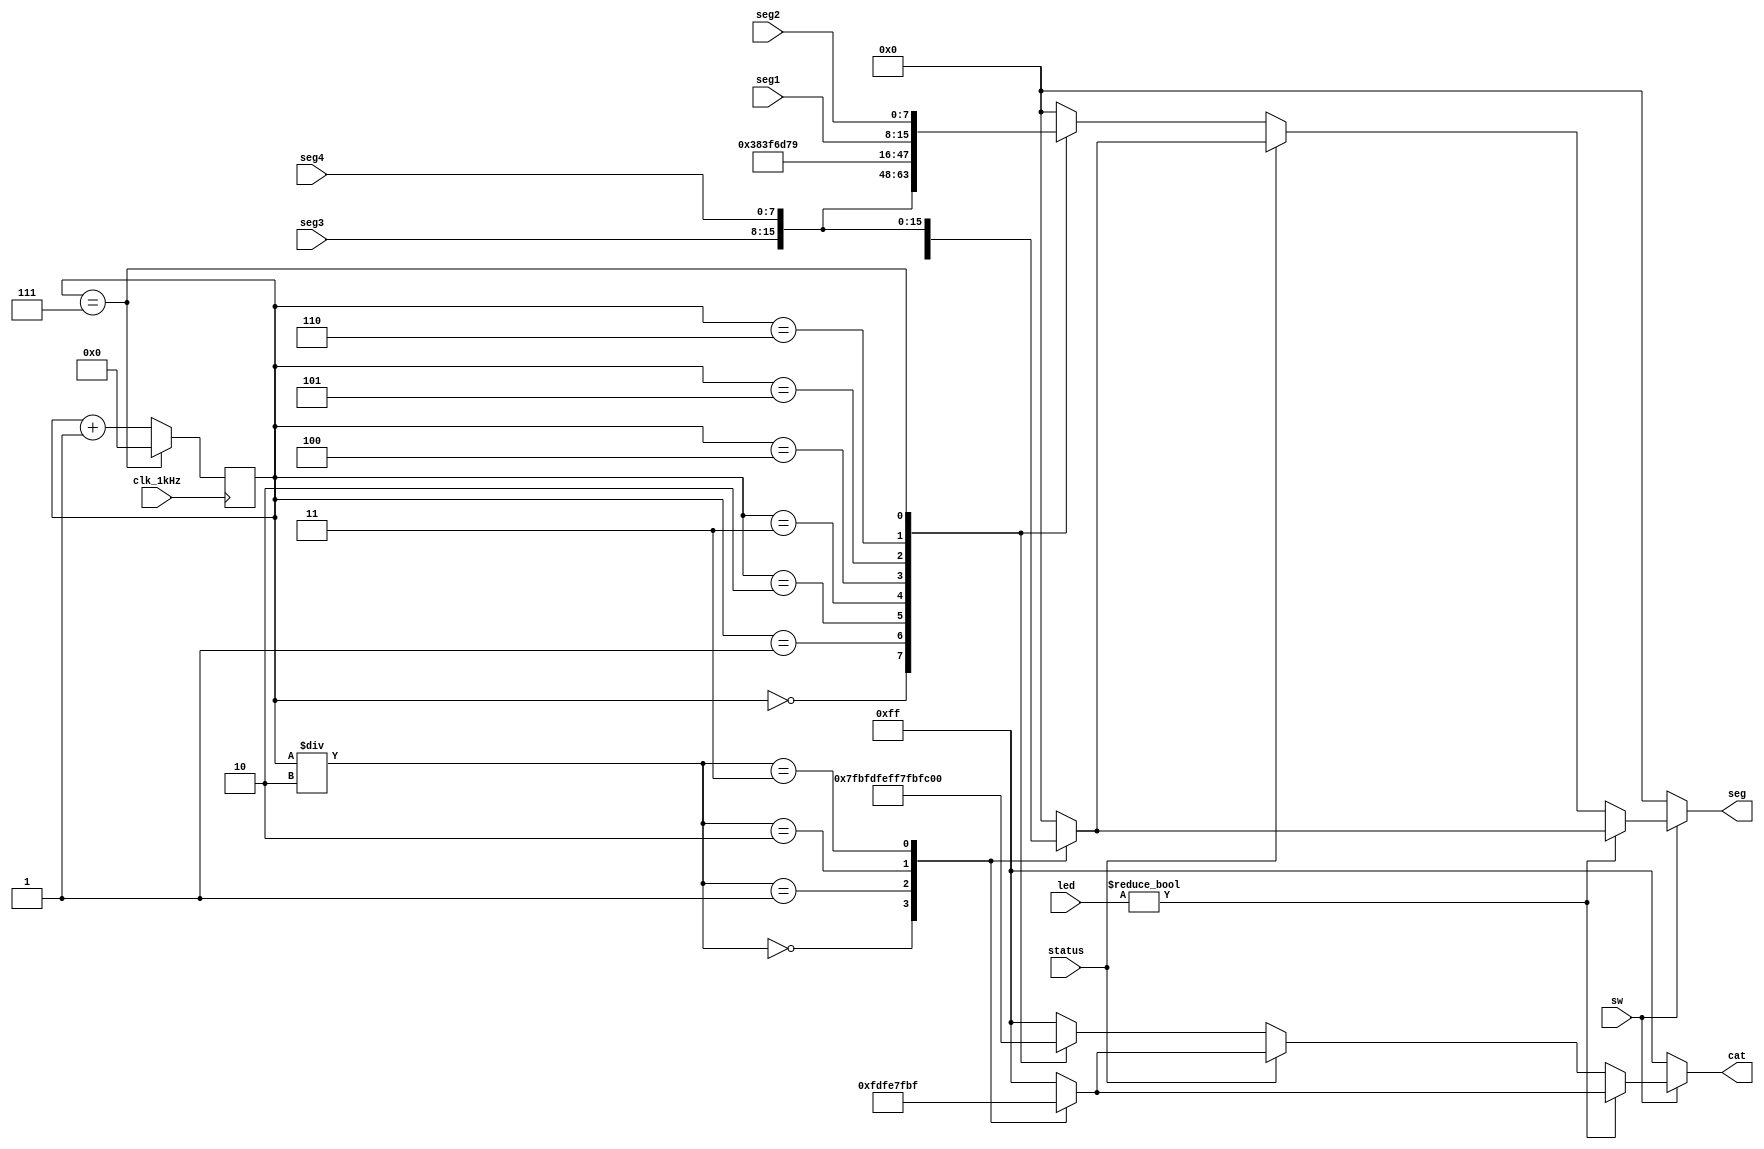
module example_seg(input clk_1kHz,
					input sw,
					status,
					input [7:0] seg1,
					seg2,
					seg3,
					seg4,
					input [15:0] led,
					output reg [7:0] seg,
					cat);
	/*
	8 8
	
	0
	*/
	reg [3:0] i;
	always@(posedge clk_1kHz)
		if(i == 7) i <= 0;
		else i <= i + 1;

	always@(i)
		if(!sw)
		begin
			seg <= 8'b0000_0000; 
			cat <= 8'b1111_1111;
		end
	    else if(led)
	    begin
			case(i/2)
				0:begin seg <= seg1; cat <= 8'b1111_1101; end
				1:begin seg <= seg2; cat <= 8'b1111_1110; end
				2:begin seg <= seg3; cat <= 8'b0111_1111; end
				3:begin seg <= seg4; cat <= 8'b1011_1111; end
				default: begin seg <= 8'b0000_0000; cat <= 8'b1111_1111; end
			endcase
		end
		else
		begin
			if(status == 0)
				case(i)
					0:begin seg <= seg3; cat <= 8'b0111_1111; end
					1:begin seg <= seg4; cat <= 8'b1011_1111; end
					2:begin seg <= 8'b0011_1000; cat <= 8'b1101_1111; end
					3:begin seg <= 8'b0011_1111; cat <= 8'b1110_1111; end
					4:begin seg <= 8'b0110_1101; cat <= 8'b1111_0111; end
					5:begin seg <= 8'b0111_1001; cat <= 8'b1111_1011; end
					6:begin seg <= seg1; cat <= 8'b1111_1101; end
					7:begin seg <= seg2; cat <= 8'b1111_1110; end
					default: begin seg <= 8'b0000_0000; cat <= 8'b1111_1111; end
				endcase
			else
				case(i/2)
				0:begin seg <= seg1; cat <= 8'b1111_1101; end
				1:begin seg <= seg2; cat <= 8'b1111_1110; end
				2:begin seg <= seg3; cat <= 8'b0111_1111; end
				3:begin seg <= seg4; cat <= 8'b1011_1111; end
				default: begin seg <= 8'b0000_0000; cat <= 8'b1111_1111; end
			endcase
		end
endmodule